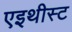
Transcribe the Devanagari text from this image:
एइथीस्ट